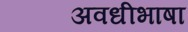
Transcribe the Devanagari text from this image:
अवधीभाषा